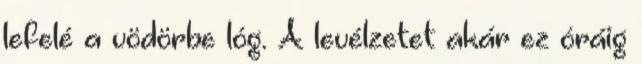
lefelé a vödörbe lóg. A levélzetet akár ez óráig